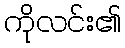
ကိုလင်း၏